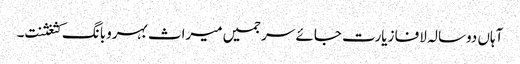
آہاں دوسالہ لافا زیارت جائے سرجمیں میراث بہروبانگ کثغثنت۔